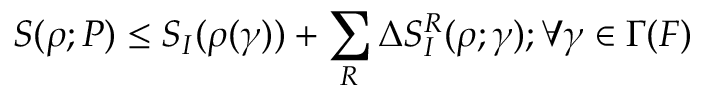
S ( \rho ; P ) \le S _ { I } ( \rho ( \gamma ) ) + \sum _ { R } \Delta S _ { I } ^ { R } ( \rho ; \gamma ) ; \forall \gamma \in \Gamma ( F )